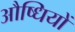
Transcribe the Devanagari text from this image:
औष्धियों